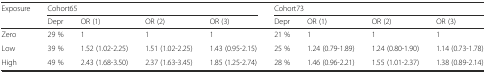
<table><thead><tr><td><b>Exposure</b></td><td colspan="4"><b>Cohort65</b></td><td colspan="4"><b>Cohort73</b></td></tr><tr><td></td><td><b>Depr</b></td><td><b>OR (1)</b></td><td><b>OR (2)</b></td><td><b>OR (3)</b></td><td><b>Depr</b></td><td><b>OR (1)</b></td><td><b>OR (2)</b></td><td><b>OR (3)</b></td></tr></thead><tbody><tr><td>Zero</td><td>29 %</td><td>1</td><td>1</td><td>1</td><td>21 %</td><td>1</td><td>1</td><td>1</td></tr><tr><td>Low</td><td>39 %</td><td>1.52 (1.02-2.25)</td><td>1.51 (1.02-2.25)</td><td>1.43 (0.95-2.15)</td><td>25 %</td><td>1.24 (0.79-1.89)</td><td>1.24 (0.80-1.90)</td><td>1.14 (0.73-1.78)</td></tr><tr><td>High</td><td>49 %</td><td>2.43 (1.68-3.50)</td><td>2.37 (1.63-3.45)</td><td>1.85 (1.25-2.74)</td><td>28 %</td><td>1.46 (0.96-2.21)</td><td>1.55 (1.01-2.37)</td><td>1.38 (0.89-2.14)</td></tr></tbody></table>